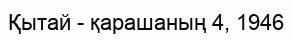
Қытай - қарашаның 4, 1946